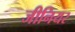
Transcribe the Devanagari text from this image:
जीनियर